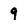
Character: 9